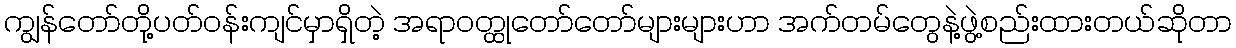
ကျွန်တော်တို့ပတ်ဝန်းကျင်မှာရှိတဲ့ အရာဝတ္ထုတော်တော်များများဟာ အက်တမ်တွေနဲ့ဖွဲ့စည်းထားတယ်ဆိုတာ